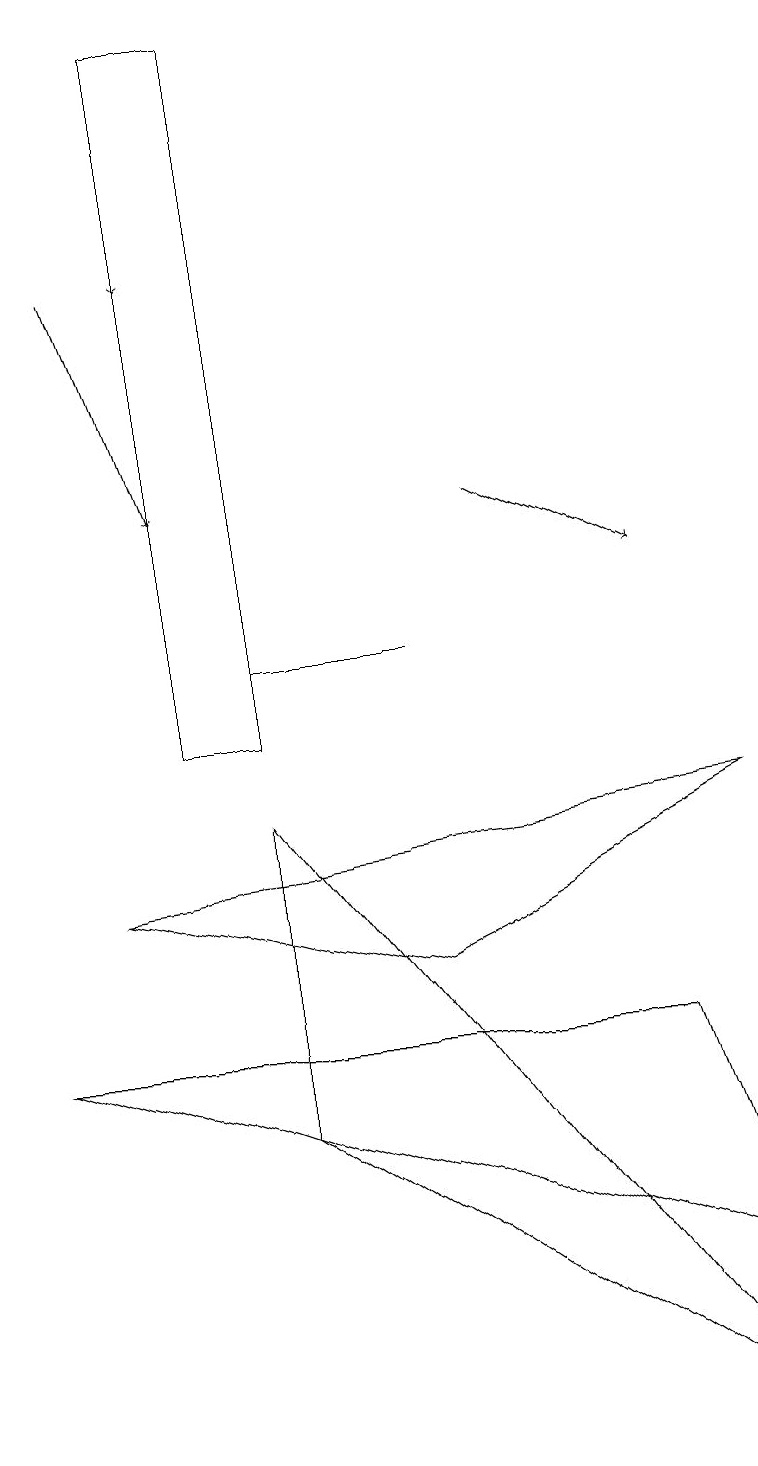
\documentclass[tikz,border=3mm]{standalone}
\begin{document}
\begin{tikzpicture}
\draw[->] (1,16) -- (2,13);
\draw[->] (2,19) -- (2,16);
\draw (3,5) -- (9,1) -- (3,9) -- cycle;
\draw[->] (6,13) -- (8,12);
\draw (2,19) rectangle (3,10);
\draw (3,11) rectangle (5,11);
\draw (0,6) -- (8,6) -- (9,3) -- cycle;
\draw (9,9) -- (5,7) -- (1,8) -- cycle;
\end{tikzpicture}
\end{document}